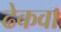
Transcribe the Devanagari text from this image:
ढेकवा